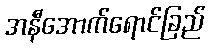
အနီအောက်ရောင်ခြည်